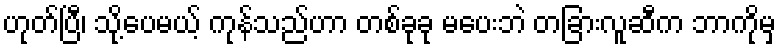
ဟုတ်ပြီ၊ သို့ပေမယ့် ကုန်သည်ဟာ တစ်ခုခု မပေးဘဲ တခြားလူဆီက ဘာကိုမှ